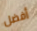
أفضل